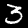
Digit: 3